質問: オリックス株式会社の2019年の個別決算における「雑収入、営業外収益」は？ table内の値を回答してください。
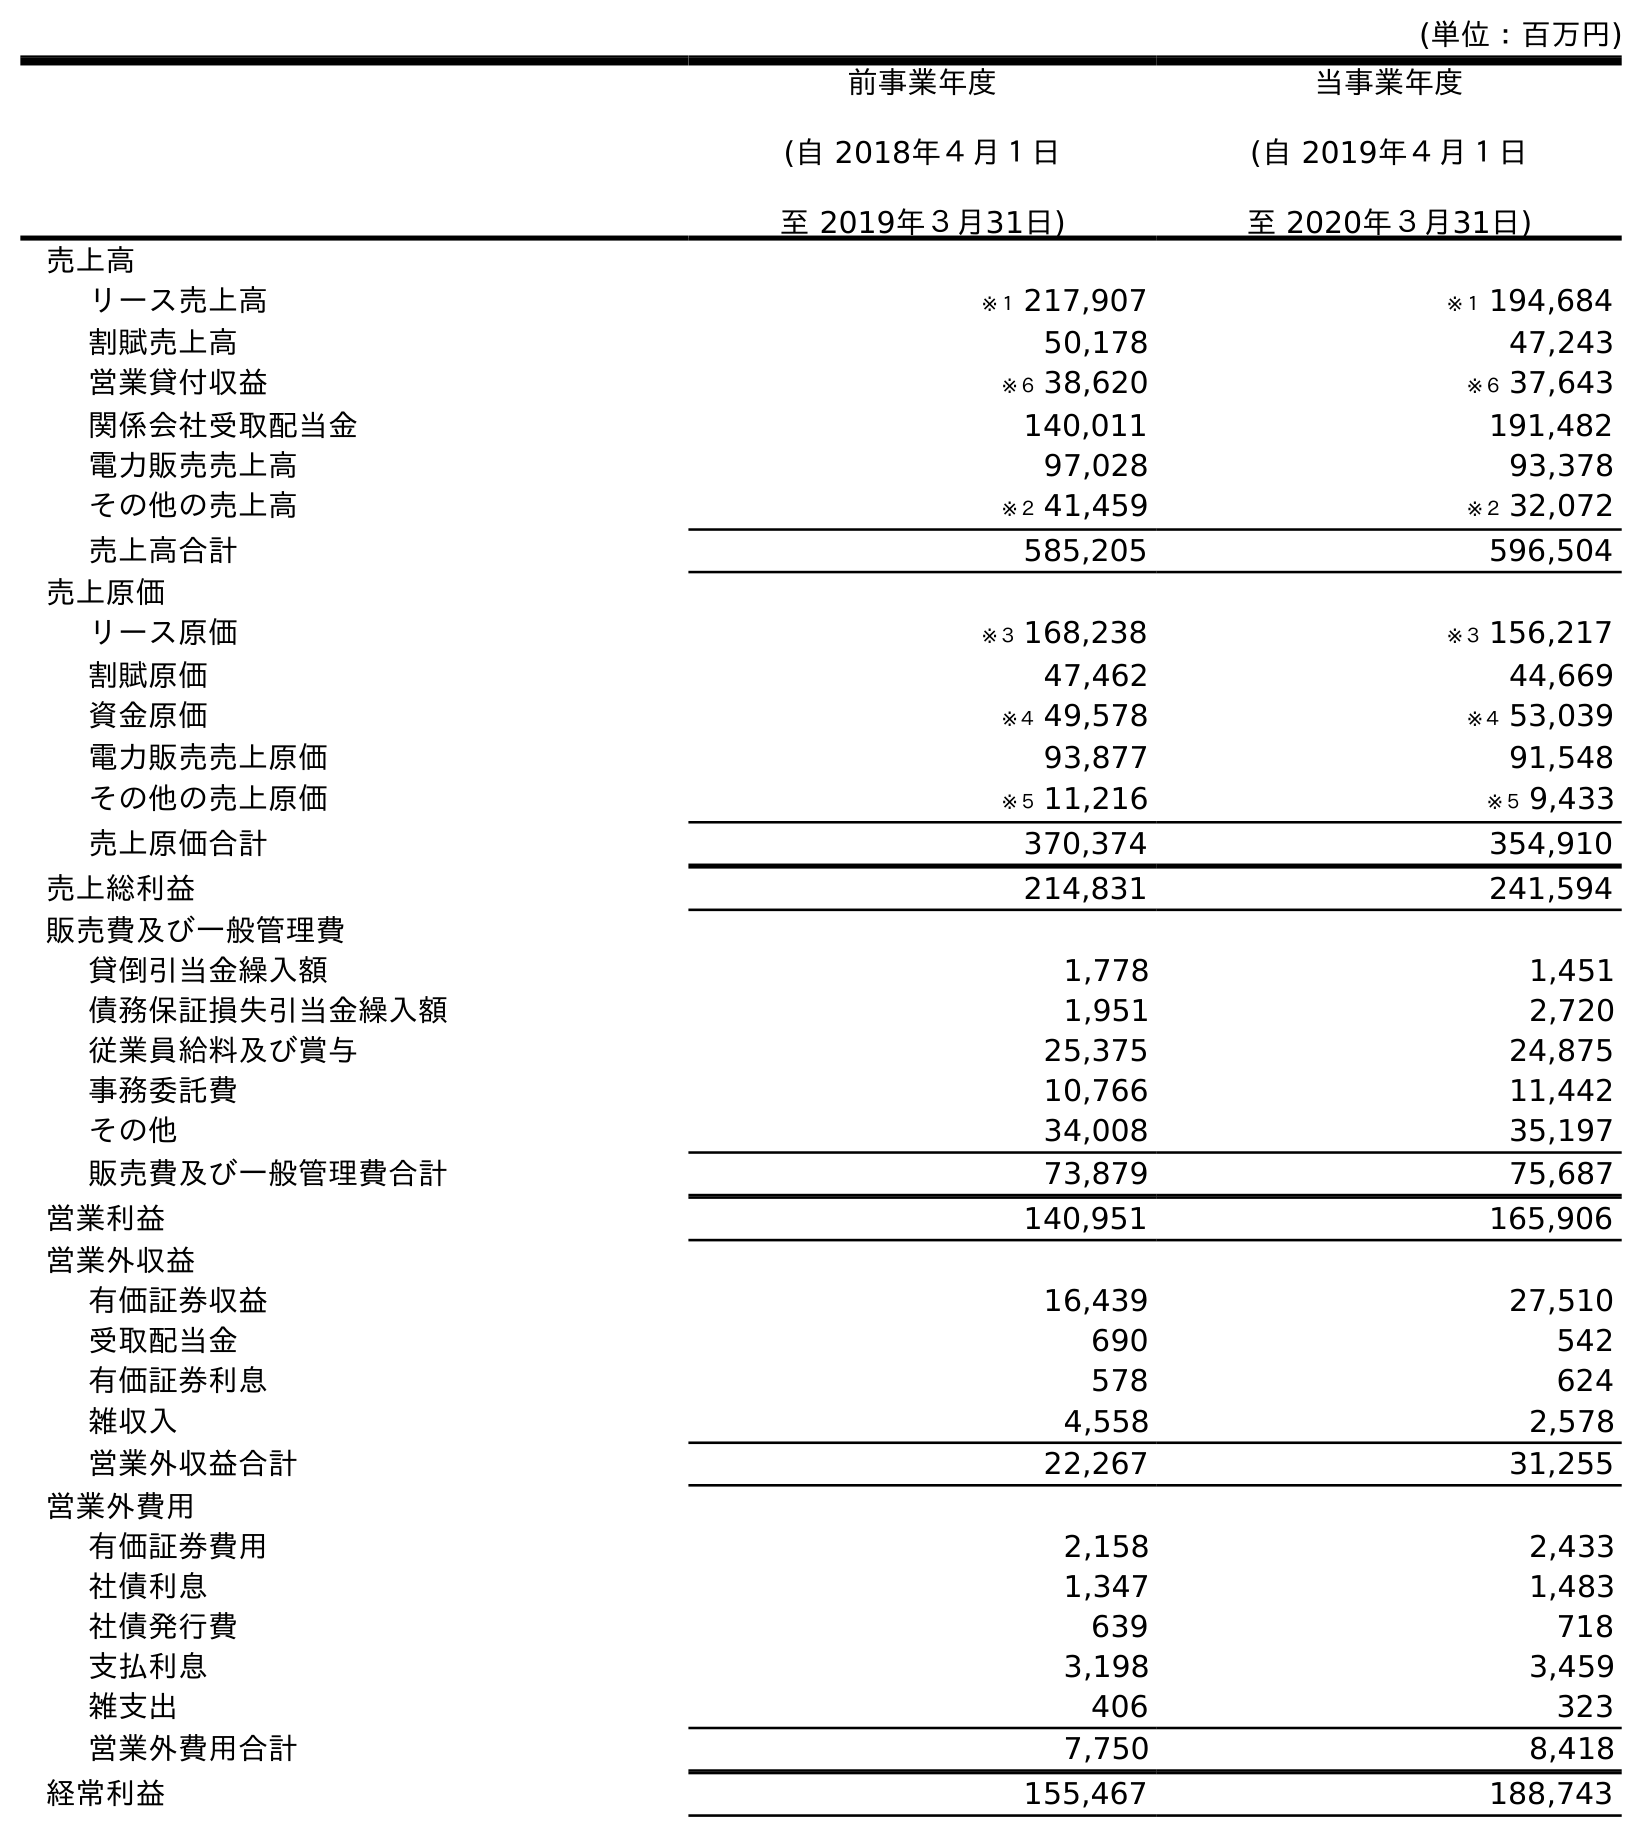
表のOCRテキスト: (単位：百万円) 前事業年度 (自 2018年４月１日 至 2019年３月31日) 当事業年度 (自 2019年４月１日 至 2020年３月31日) 売上高 リース売上高 ※１ 217,907 ※１ 194,684 割賦売上高 50,178 47,243 営業貸付収益 ※６ 38,620 ※６ 37,643 関係会社受取配当金 140,011 191,482 電力販売売上高 97,028 93,378 その他の売上高 ※２ 41,459 ※２ 32,072 売上高合計 585,205 596,504 売上原価 リース原価 ※３ 168,238 ※３ 156,217 割賦原価 47,462 44,669 資金原価 ※４ 49,578 ※４ 53,039 電力販売売上原価 93,877 91,548 その他の売上原価 ※５ 11,216 ※５ 9,433 売上原価合計 370,374 354,910 売上総利益 214,831 241,594 販売費及び一般管理費 貸倒引当金繰入額 1,778 1,451 債務保証損失引当金繰入額 1,951 2,720 従業員給料及び賞与 25,375 24,875 事務委託費 10,766 11,442 その他 34,008 35,197 販売費及び一般管理費合計 73,879 75,687 営業利益 140,951 165,906 営業外収益 有価証券収益 16,439 27,510 受取配当金 690 542 有価証券利息 578 624 雑収入 4,558 2,578 営業外収益合計 22,267 31,255 営業外費用 有価証券費用 2,158 2,433 社債利息 1,347 1,483 社債発行費 639 718 支払利息 3,198 3,459 雑支出 406 323 営業外費用合計 7,750 8,418 経常利益 155,467 188,743
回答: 4,558